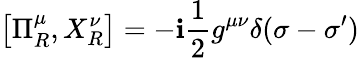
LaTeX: \left[\Pi_{R}^{\mu},X_{R}^{\nu}\right]=-\mathbf{i}\frac{1}{2}g^{\mu\nu}\delta(\sigma-\sigma^{\prime})